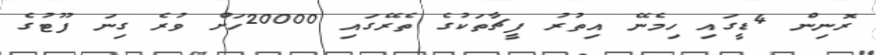
ރޮނިން 4ޑީގައި ހިމެނޭ އިތުރު ފީޗާތަކުގެ ތެރޭގައި 20000ހަށް ވުރެ ގިނަ ފޫޓުގެ